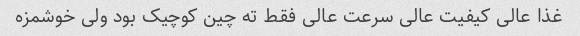
غذا عالی کیفیت عالی سرعت عالی فقط ته چین کوچیک بود ولی خوشمزه